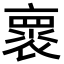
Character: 褱